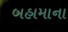
બહામાના